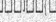
.